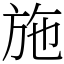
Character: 施